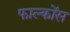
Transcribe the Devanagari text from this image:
फाल्कोंस